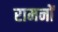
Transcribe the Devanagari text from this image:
रामनों